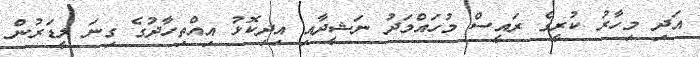
އަދި މިހާރު ކުރީގެ ރައީސް މުހައްމަދު ނަޝީދާއި އިދިކޮޅު އިއްތިހާދުގެ ގިނަ ލީޑަރުން